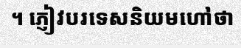
។ ភ្ញៀវបរទេសនិយមហៅថា